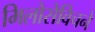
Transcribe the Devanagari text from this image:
मिलोसेविचने